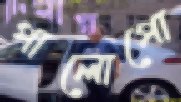
পালোপো